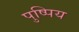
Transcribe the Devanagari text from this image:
पुष्पिय